Vaccination North-Western Provinces and Oudh 1878-1895 - 1878-1895
Year: 1878
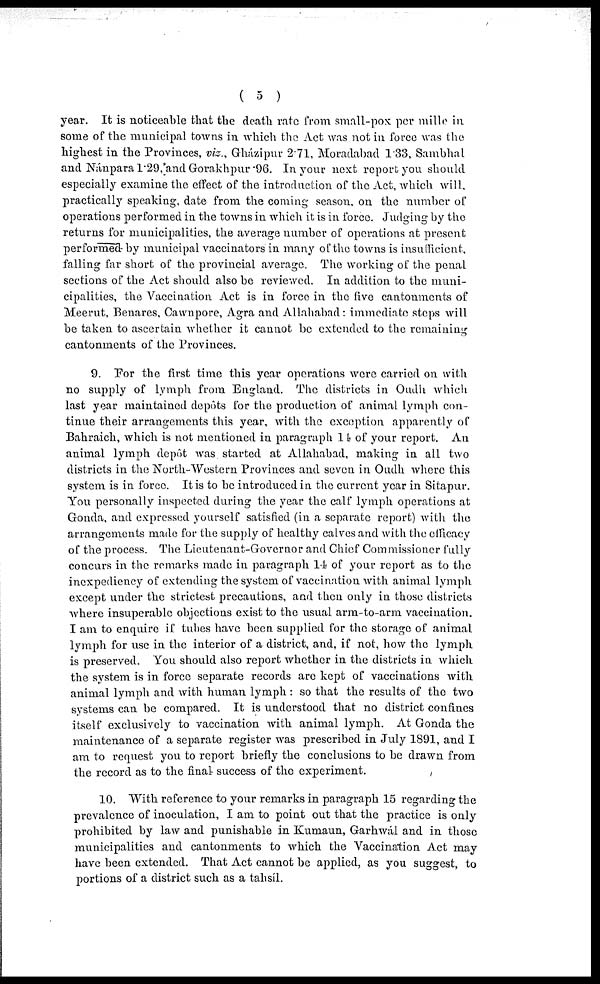
( 5 )
year. It is noticeable that the death rate from small-pox per mille in
some of the municipal towns in which the Act was not in force was the
highest in the Provinces, viz., Gházipur 2.71, Moradabad 1.33, Sambhal
and Nánpara 1.29,and Gorakhpur 96. In your next report you should
especially examine the effect of the introduction of the Act, which will,
practically speaking, date from the coming season, on the number of
operations performed in the towns in which it is in force. Judging by the
returns for municipalities, the average number of operations at present
performed by municipal vaccinators in many of the towns is insufficient,
falling far short of the provincial average. The working of the penal
sections of the Act should also be reviewed. In addition to the muni-
cipalities, the Vaccination Act is in force in the five cantonments of
Meerut, Benares, Cawnpore, Agra and Allahabad: immediate steps will
be taken to ascertain whether it cannot be extended to the remaining
cantonments of the Provinces.
9. For the first time this year operations were carried on with
no supply of lymph from England. The districts in Oudh which
last year maintained depôts for the production of animal lymph con-
tinue their arrangements this year, with the exception apparently of
Bahraich, which is not mentioned in paragraph 14 of your report. An
animal lymph depôt was started at Allahabad, making in all two
districts in the North-Western Provinces and seven in Oudh where this
system is in force. It is to be introduced in the current year in Sitapur.
You personally inspected during the year the calf lymph operations at
Gonda, and expressed yourself satisfied (in a separate report) with the
arrangements made for the supply of healthy calves and with the efficacy
of the process. The Lieutenant-Governor and Chief Commissioner fully
concurs in the remarks made in paragraph 14 of your report as to the
inexpediency of extending the system of vaccination with animal lymph
except under the strictest precautions, and then only in those districts
where insuperable objections exist to the usual arm-to-arm vaccination.
I am to enquire if tubes have been supplied for the storage of animal
lymph for use in the interior of a district, and, if not, how the lymph
is preserved. You should also report whether in the districts in which
the system is in force separate records are kept of vaccinations with
animal lymph and with human lymph : so that the results of the two
systems can be compared. It is understood that no district confines
itself exclusively to vaccination with animal lymph. At Gonda the
maintenance of a separate register was prescribed in July 1891, and I
am to request you to report briefly the conclusions to be drawn from
the record as to the final success of the experiment.
10. With reference to your remarks in paragraph 15 regarding the
prevalence of inoculation, I am to point out that the practice is only
prohibited by law and punishable in Kumaun, Garhwál and in those
municipalities and cantonments to which the Vaccination Act may
have been extended. That Act cannot be applied, as you suggest, to
portions of a district such as a talisíl.